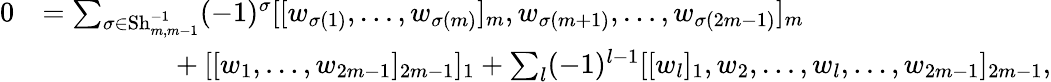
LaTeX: \begin{array}{rl}{0}&{=\sum_{\sigma\in\operatorname{Sh}_{m,m-1}^{-1}}(-1)^{\sigma}[[w_{\sigma(1)},\dotsc,w_{\sigma(m)}]_{m},w_{\sigma(m+1)},\dotsc,w_{\sigma(2m-1)}]_{m}}\\ &{\ \ \ \ \ \ \ \ \ \ \ \ \ \ \ \ \ \ +[[w_{1},\dotsc,w_{2m-1}]_{2m-1}]_{1}+\sum_{l}(-1)^{l-1}[[w_{l}]_{1},w_{2},\dotsc,w_{l},\dotsc,w_{2m-1}]_{2m-1},}\end{array}